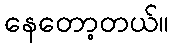
နေတော့တယ်။